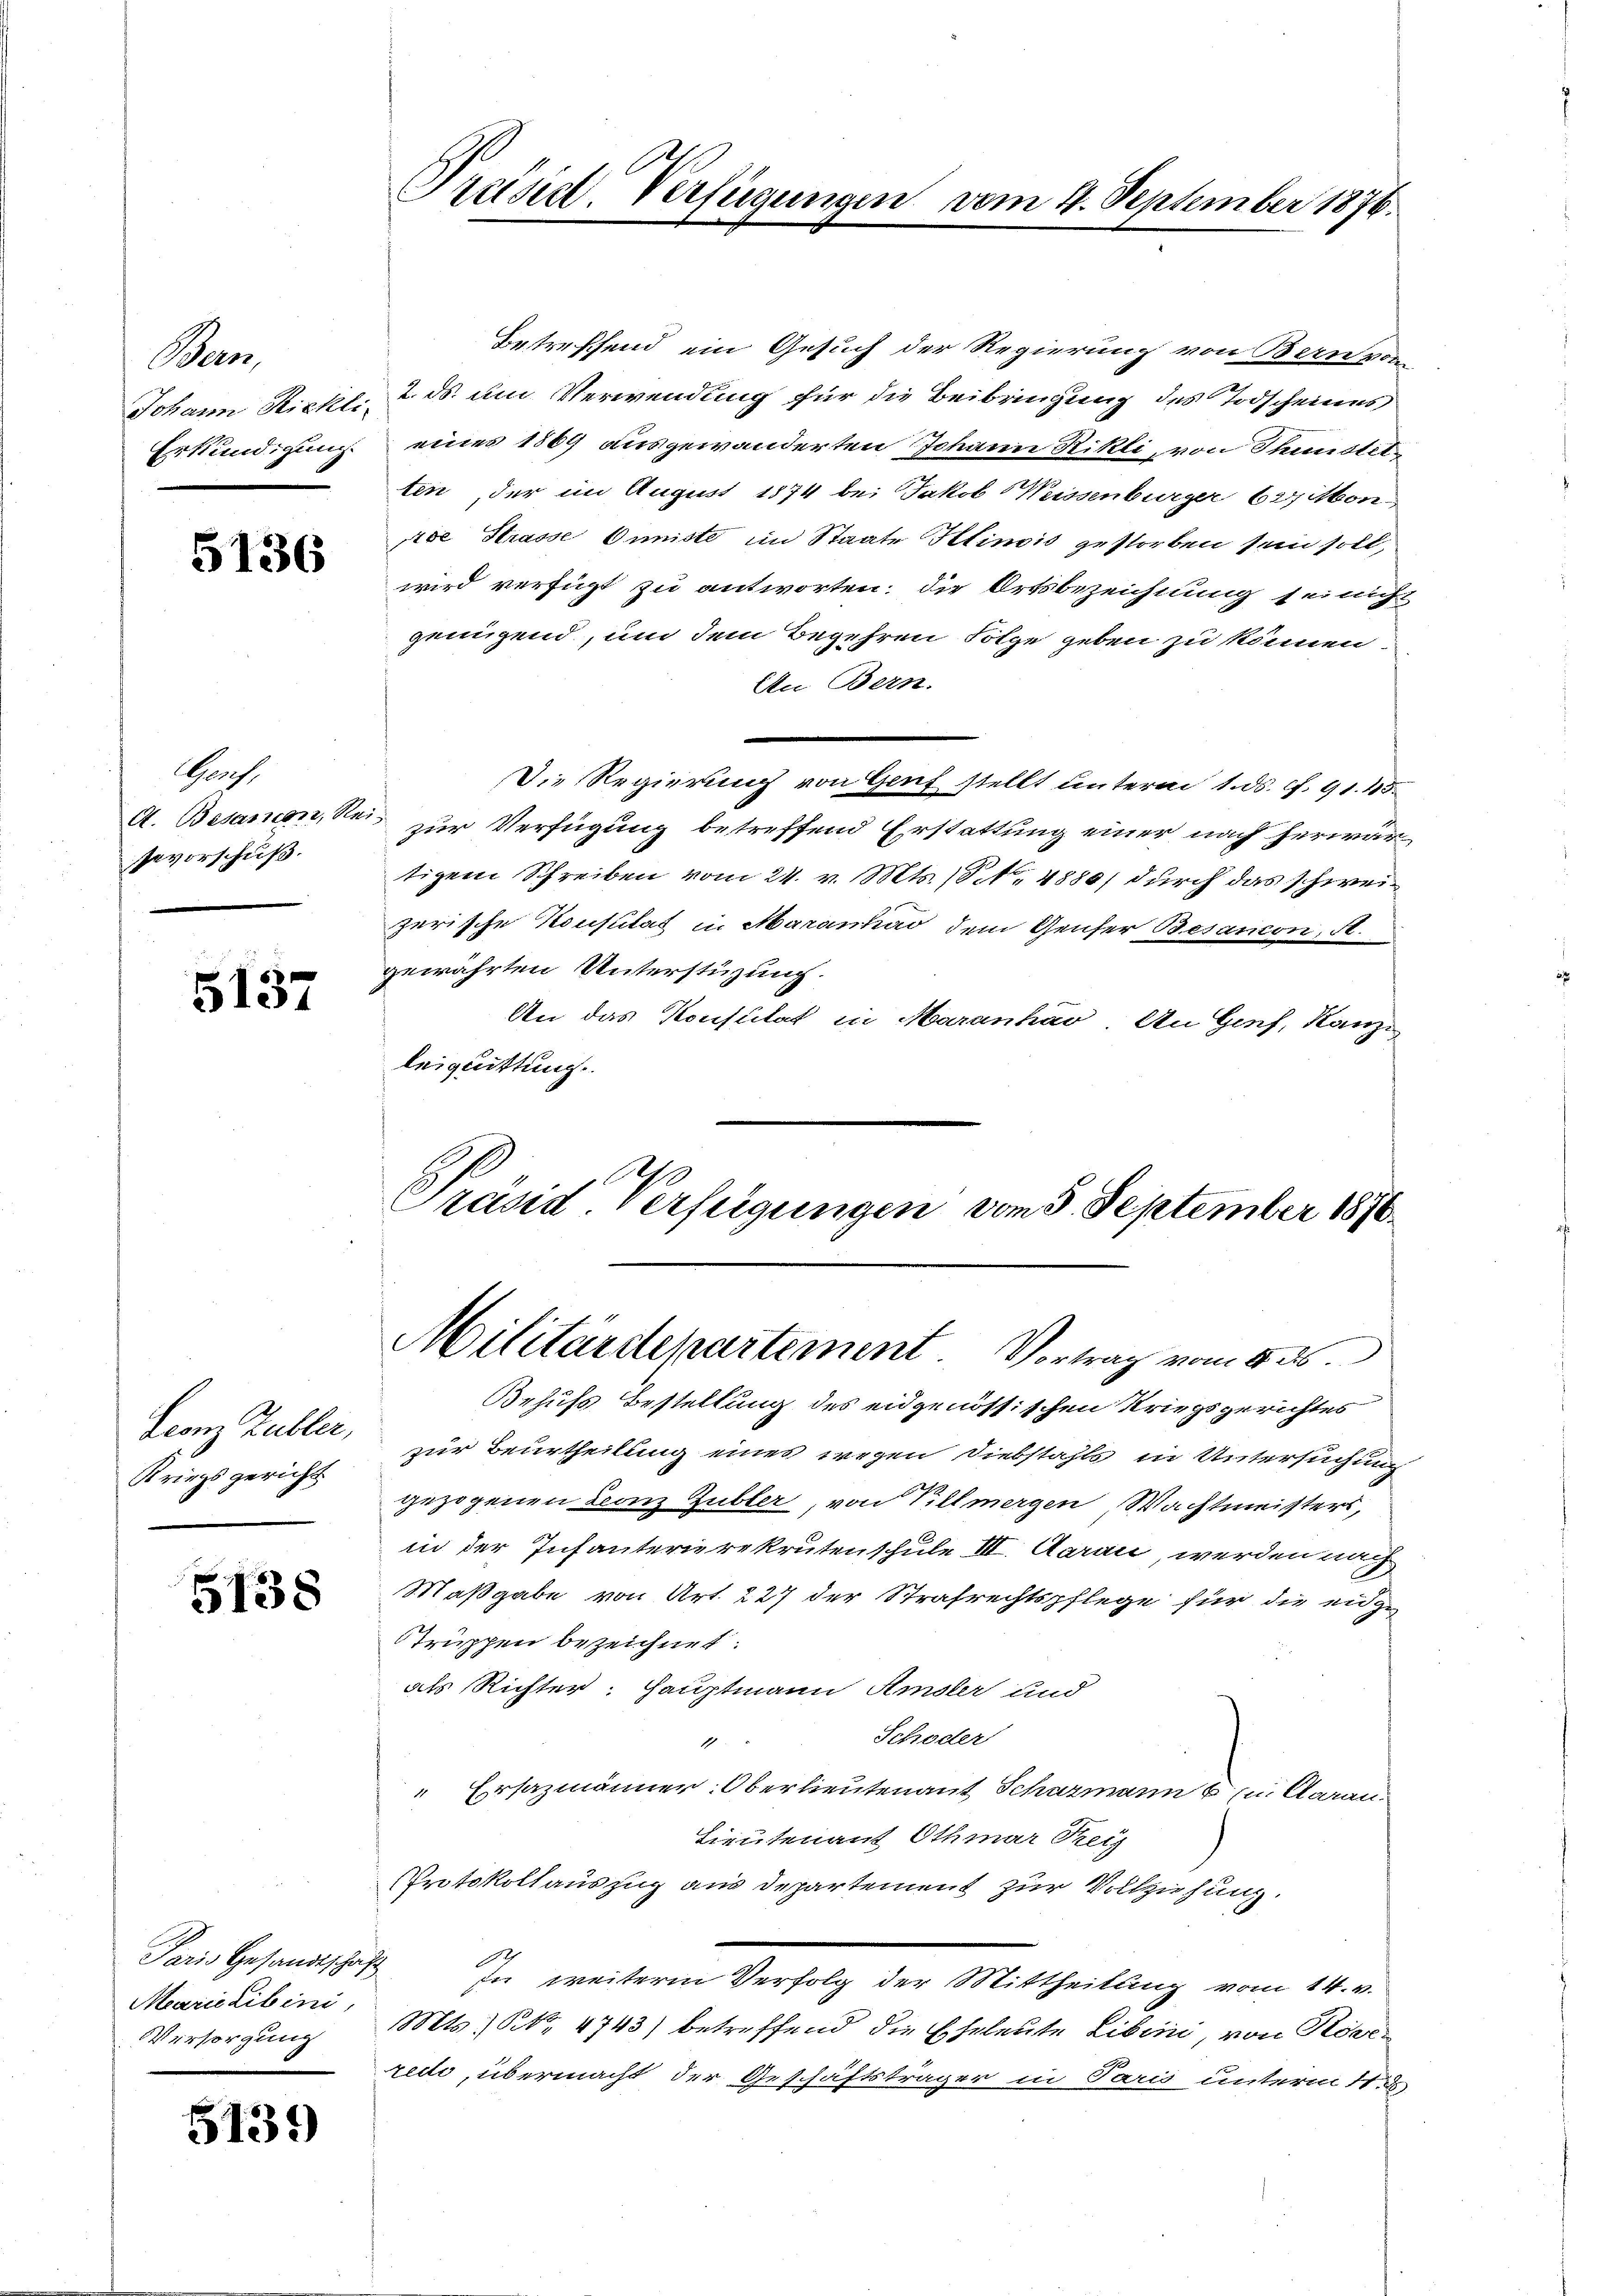
Buen
Johann Rickli
Erkundigung.

5136

Gauf.
A. Besancen, Re
sevorschuß.

5137

Leonz Kubler,
Kriegsgericht

5138

Jaris Gesandtschaft
Marielibini,
Versorgung

5139

Präsid. Verfügungen

Betreffend ein Gesuch der Regierung von Bern von
2. ds. um Verwendung für die Beibringung des Todscheines
eines 1869 ausgewanderten Johann Rikli, von Immotet
ten, der im August 1874 bei Jakob Wassenburger beton
de Strasse Omniste im Staate Stinvis gestorben sein soll,
wird verfügt zu antworten; die Ortsbezeichnung sei nicht
genügend, um dem Begehren Folge geben zu können.
An Bern.
Die Regierung von Genf stellt unterm 1. ds. f. 91. 45.
 zur Verfügung betreffend Erstattung einer nach herwärtigem Schreiben vom 24. v. Mts. No. 4880) durch das schweizerische Konsulat in Maranhad dem Genfer Besandon, S.
gewährten Unterstüzung.
An das Konsulat in Maranháv An Genf, Kanzi
leiquittung.
Präsid. Verfügungen vom 5. September 1890.

Militärdepartement. Vortrag vom 4. ds.

Behufs Bestellung des eidgenössischen Kriegsgerichtes
zur Beurtheilung eines wegen Diebstahls in Untersuchung
gezogenen Leonz Gubler, von Villmergen Wachtmeisters,
in der Infanterierekrutenschule III. Aarau werden nach
Maßgabe von Art. 227 der Strafrechtspflege für die eidge
Struppen bezeichnet.
als Richter: Hauptmann Amsler und
Schöder
17
Ersazmänner Oberlieutenant Schazmann bei Aarau
Lieutenant Othmar Freiz
Protokollauszug aus Departement zur Vollziehung.
In weitere Verfolg der Mittheilung vom 14. v.
Mts. No. 4743) betreffend die Eheleute Liben, von Rover
recte, übermacht der Geschäftsträger in Paris unterm 11t

vom 4. September 1876.